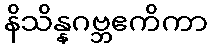
နိသိန္နဂဗ္ဘဧကိကာ